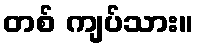
တစ် ကျပ်သား။